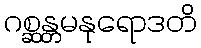
ဂစ္ဆန္တမနုရောဒတိ